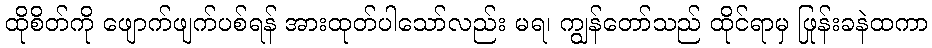
ထိုစိတ်ကို ဖျောက်ဖျက်ပစ်ရန် အားထုတ်ပါသော်လည်း မရ၊ ကျွန်တော်သည် ထိုင်ရာမှ ဖြုန်းခနဲထကာ